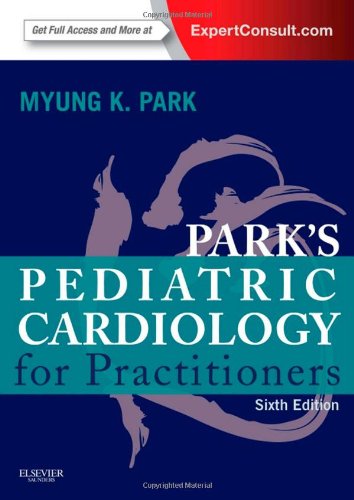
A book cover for Park's Pediatric Cardiology for Practitioners: Expert Consult - Online and Print, 6e; Myung K. Park MD  FAAP  FACC; Medical Books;